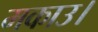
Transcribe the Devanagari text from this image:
मकाउ।